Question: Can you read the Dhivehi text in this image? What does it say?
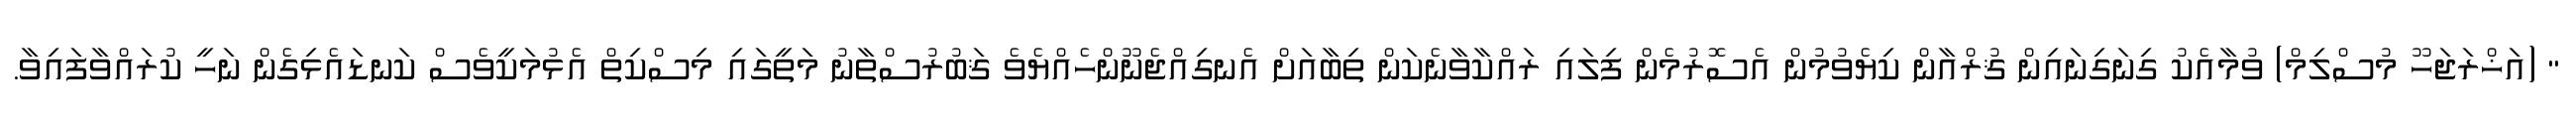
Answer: " (އަޚްރަޖަހޫ މުސްލިމް) ވުމާއެކު ގިނަގިނައިން ޤުރްއާން ކިޔެވުމުން އެސޮރުމެން ފިލައި ރައްކާވާނެކަން ތިބާއަށް އެނގިއްޖެނޫންހެއްޔެވެ ޤަބުރުސްތާނު މަތީގައި މިސްކިތް އެޅުމަކީވެސް ކަނޑައެޅިގެން ނަހީ ކުރައްވާފައިވާ.